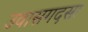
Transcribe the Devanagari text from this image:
उवासगदसा